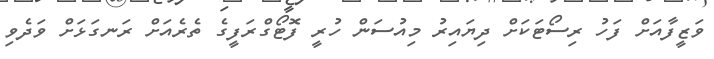
ވަޒީފާއަށް ފަހު ރިސޯޓަކަށް ދިޔައިރު މިއުސަން ހުރީ ފޮޓޯގްރަފީގެ ތެރެއަށް ރަނގަޅަށް ވަދެވި